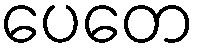
ပေတေ